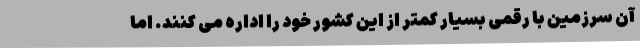
آن سرزمین با رقمی بسیار کمتر از این کشور خود را اداره می کنند. اما